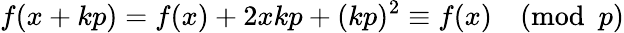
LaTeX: f(x+kp)=f(x)+2xkp+(kp)^{2}\equiv f(x){\pmod{p}}